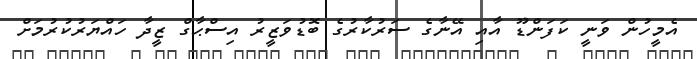
އެމީހުން ވަނީ ކަފަންޑޫ އާއި އޭނާގެ ސަރުކާރުގެ ބޮޑުވަޒީރު އިސްޙާގް ޒީދާ ހައްޔަރުކުރުމަށް